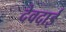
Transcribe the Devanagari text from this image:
देवदाई